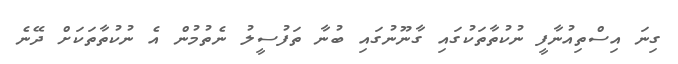
ގިނަ އިސްތިއުނާފީ ނުކުތާތަކުގައި ގާނޫނުގައި ބުނާ ތަފުސީލު ނެތުމުން އެ ނުކުތާތަކަށް ދޭނެ